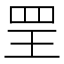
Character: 𦊄